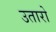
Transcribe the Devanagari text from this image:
उतारो